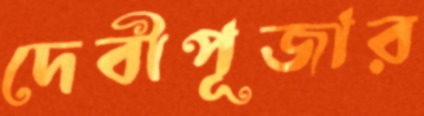
দেবীপূজার